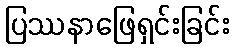
ပြဿနာဖြေရှင်းခြင်း